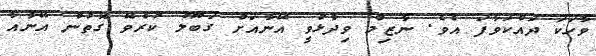
ވާހަކަ ދައްކަވާފަ އެވެ. ނާޒިމް ވިދާޅުވީ އޭނާއަށް ގަބޫލު ކުރެވޭ ގޮތުން އޭނާއާ